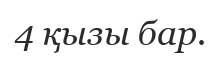
4 қызы бар.